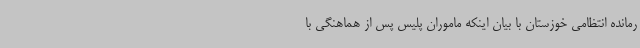
رمانده انتظامی خوزستان با بیان اینکه ماموران پلیس پس از هماهنگی با